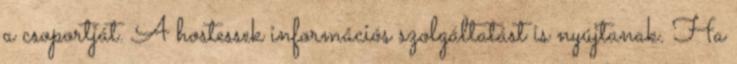
a csoportját. A hostessek információs szolgáltatást is nyújtanak. Ha